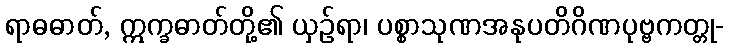
ရာဓဓာတ်, ဣက္ခဓာတ်တို့၏ ယှဉ်ရာ၊ ပစ္စာသုဏအနုပတိဂိဏပုဗ္ဗကတ္တု-